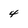
Character: 4